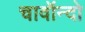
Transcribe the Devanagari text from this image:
चावॉन्दो